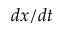
d x / d t